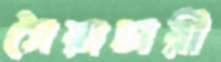
সৈরাচারী